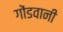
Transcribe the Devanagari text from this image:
गोंडवानी